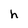
Character: h